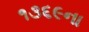
૧૩૬૯ના